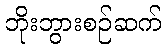
ဘိုးဘွားစဉ်ဆက်